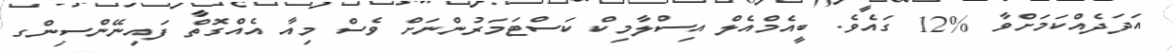
އަދަދެއްކަމަށްވާ %12 ގައެވެ. ބީއެމްއެލް އިސްލާމިކް ކަސްޓަމަރުންނަށް ވެސް މިއާ އެއްގޮތް ފައިނޭންސިންގ